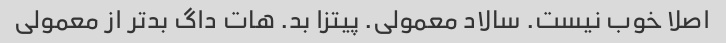
اصلا خوب نیست. سالاد معمولی. پیتزا بد. هات داگ بدتر از معمولی